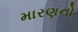
મારણનો